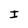
Character: I